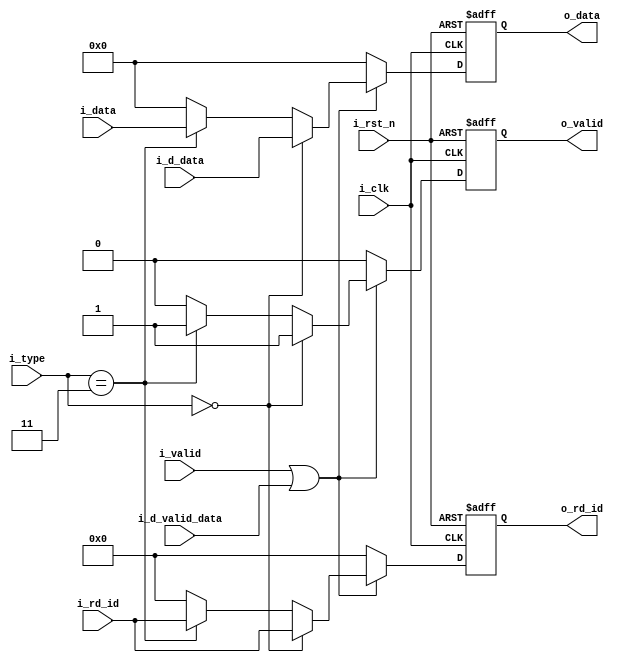
module WB #( 
	parameter ADDR_W = 64,
	parameter INST_W = 32,
	parameter DATA_W = 64
)(
    input                   i_clk,
    input                   i_rst_n,
    input [DATA_W-1 : 0]  i_data,
    input [4 : 0]         i_rd_id,
    input [1 : 0]         i_type,
    input                   i_valid,
    input                   i_d_valid_data,
    input [DATA_W-1 : 0]      i_d_data,
    output [DATA_W-1 : 0]     o_data,
    output [4 : 0]          o_rd_id,
    output                  o_valid
);

    reg [DATA_W-1 : 0]     o_data_r, o_data_w;
    reg [4 : 0]          o_rd_id_r, o_rd_id_w;
    reg                  o_valid_r, o_valid_w;

    assign o_data = o_data_r;
    assign o_rd_id = o_rd_id_r;
    assign o_valid = o_valid_r;

    // integer i;
    always @(*) begin
        if(i_valid || i_d_valid_data) begin
            if (i_type == 0) begin
                o_data_w = i_d_data;
                o_rd_id_w = i_rd_id;
                o_valid_w = 1;
            end else if (i_type == 3) begin
                o_data_w = i_data;
                o_rd_id_w = i_rd_id;
                o_valid_w = 1;
            end else begin
                o_data_w = 0;
                o_rd_id_w = 0;
                o_valid_w = 0;
            end
        end else begin
            o_data_w = 0;
            o_rd_id_w = 0;
            o_valid_w = 0;
        end
    end

    // sequential part
    always @(posedge i_clk or negedge i_rst_n) begin
        if (~i_rst_n) begin
            o_data_r <= 0;
            o_rd_id_r <= 0;
            o_valid_r <= 0;
        end else begin
            o_data_r <= o_data_w;
            o_rd_id_r <= o_rd_id_w;
            o_valid_r <= o_valid_w;
        end
    end

endmodule